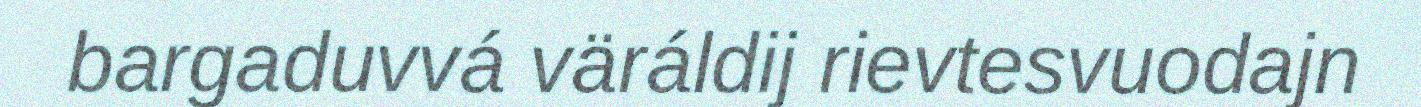
bargaduvvá väráldij rievtesvuodajn